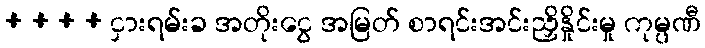
+ + + + ငှားရမ်းခ အတိုးငွေ အမြတ် စာရင်းအင်းညှိနှိုင်းမှု ကုမ္ပဏီ